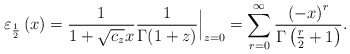
\begin{align*}\varepsilon_{\frac{1}{2}}\left(x\right) =\frac{1}{1+\sqrt{c_{z}}x}\frac{1}{\Gamma(1+z)}\Big\vert_{z=0} = \sum_{r=0}^{\infty}\frac{\left(-x\right)^{r}}{\Gamma\left(\frac{r}{2}+1\right)}.\end{align*}